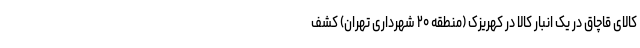
کالای قاچاق در یک انبار کالا در کهریزک (منطقه ۲۰ شهرداری تهران) کشف